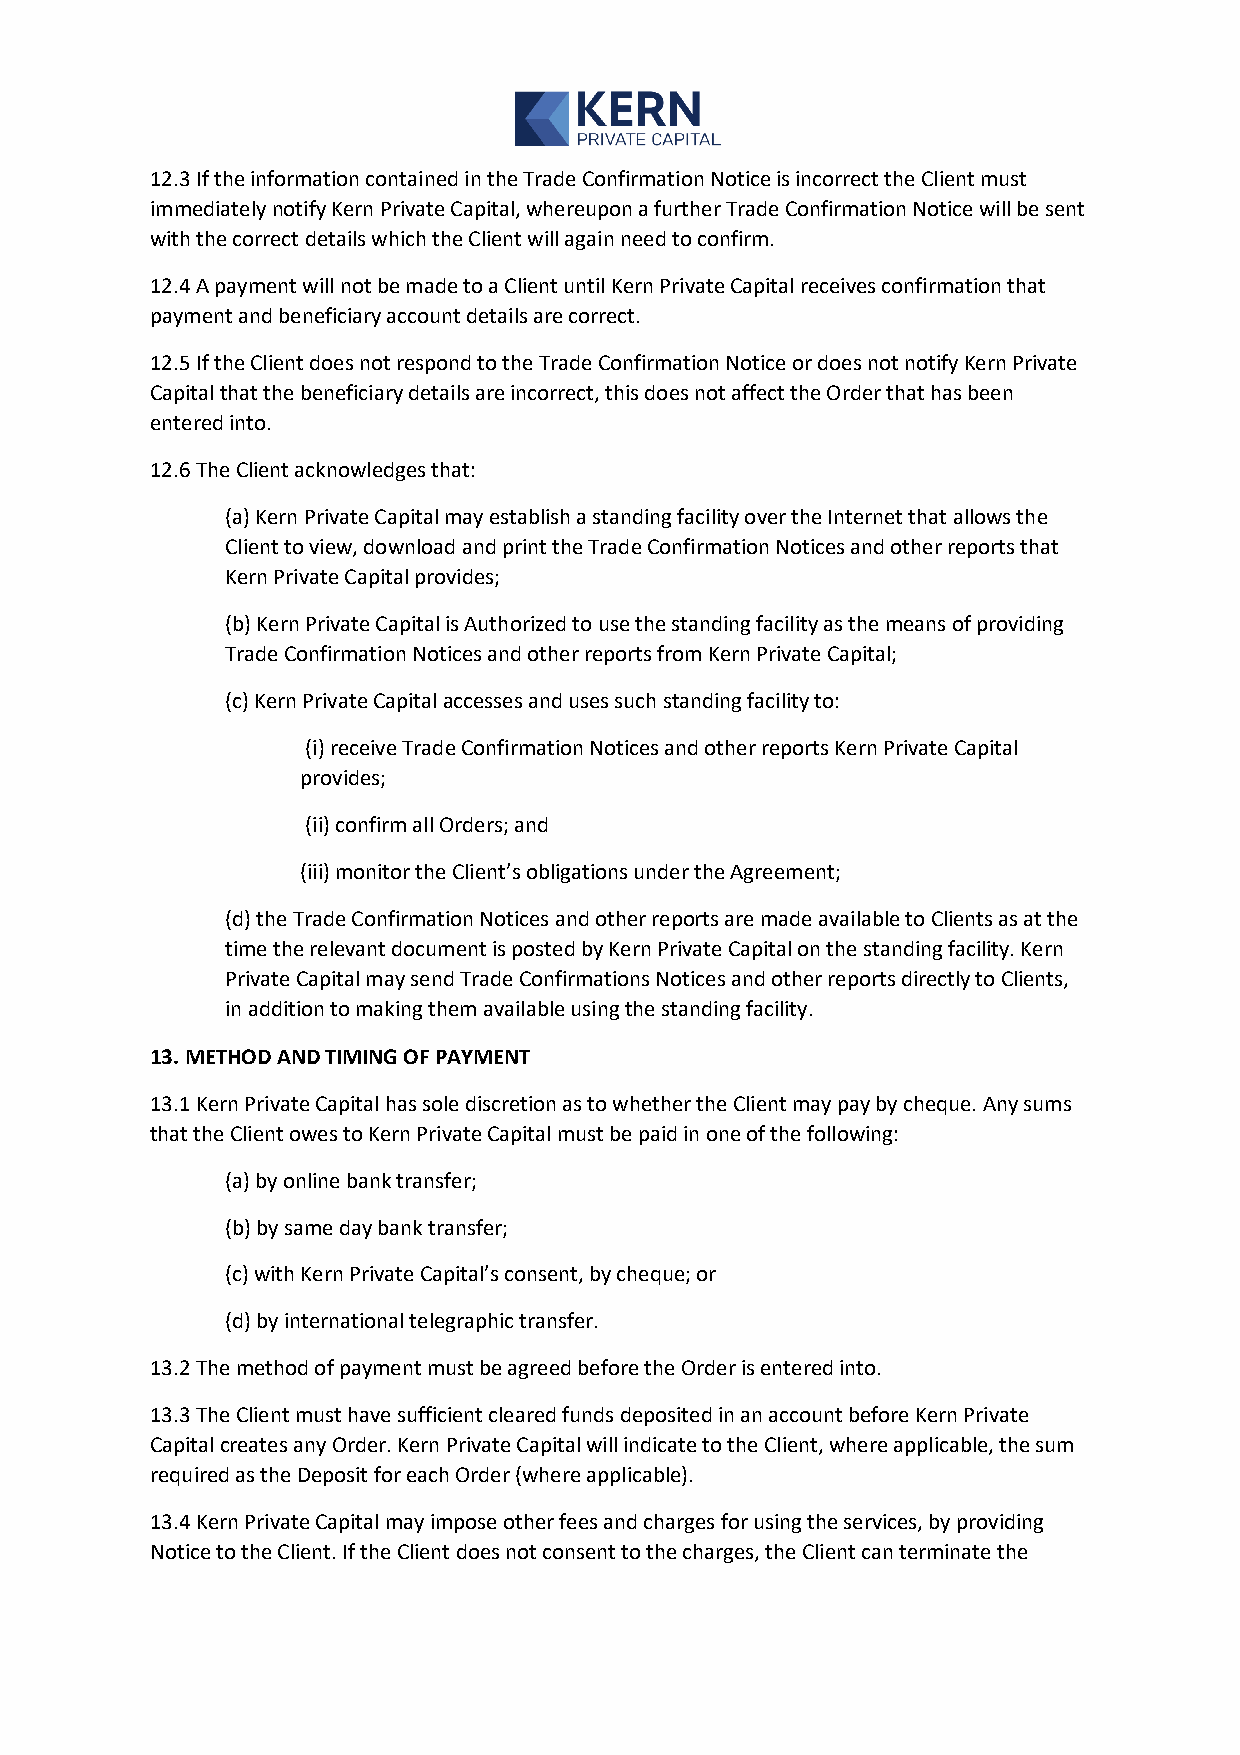
12.3 If the information contained in the Trade Confirmation Notice is incorrect the Client must
 immediately notify Kern Private Capital, whereupon a further Trade Confirmation Notice will be sent
 with the correct details which the Client will again need to confirm.
 12.4 A payment will not be made to a Client until Kern Private Capital receives confirmation that
 payment and beneficiary account details are correct.
 12.5 If the Client does not respond to the Trade Confirmation Notice or does not notify Kern Private
 Capital that the beneficiary details are incorrect, this does not affect the Order that has been
 entered into.
 12.6 The Client acknowledges that:
 (a) Kern Private Capital may establish a standing facility over the Internet that allows the
 Client to view, download and print the Trade Confirmation Notices and other reports that
 Kern Private Capital provides;
 (b) Kern Private Capital is Authorized to use the standing facility as the means of providing
 Trade Confirmation Notices and other reports from Kern Private Capital;
 (c) Kern Private Capital accesses and uses such standing facility to:
 (i) receive Trade Confirmation Notices and other reports Kern Private Capital
 provides;
 (ii) confirm all Orders; and
 (iii) monitor the Client’s obligations under the Agreement;
 (d) the Trade Confirmation Notices and other reports are made available to Clients as at the
 time the relevant document is posted by Kern Private Capital on the standing facility. Kern
 Private Capital may send Trade Confirmations Notices and other reports directly to Clients,
 in addition to making them available using the standing facility.
 13. METHOD AND TIMING OF PAYMENT
 13.1 Kern Private Capital has sole discretion as to whether the Client may pay by cheque. Any sums
 that the Client owes to Kern Private Capital must be paid in one of the following:
 (a) by online bank transfer;
 (b) by same day bank transfer;
 (c) with Kern Private Capital’s consent, by cheque; or
 (d) by international telegraphic transfer.
 13.2 The method of payment must be agreed before the Order is entered into.
 13.3 The Client must have sufficient cleared funds deposited in an account before Kern Private
 Capital creates any Order. Kern Private Capital will indicate to the Client, where applicable, the sum
 required as the Deposit for each Order (where applicable).
 13.4 Kern Private Capital may impose other fees and charges for using the services, by providing
 Notice to the Client. If the Client does not consent to the charges, the Client can terminate the